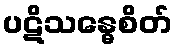
ပဋိသန္ဓေစိတ်